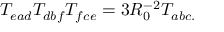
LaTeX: T _ { e a d } T _ { d b f } T _ { f c e } = 3 R _ { 0 } ^ { - 2 } T _ { a b c . }